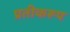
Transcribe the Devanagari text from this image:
प्रतीकरूप